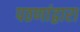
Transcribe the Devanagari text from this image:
पठणांद्वारा